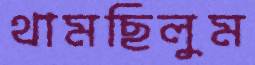
থামছিলুম